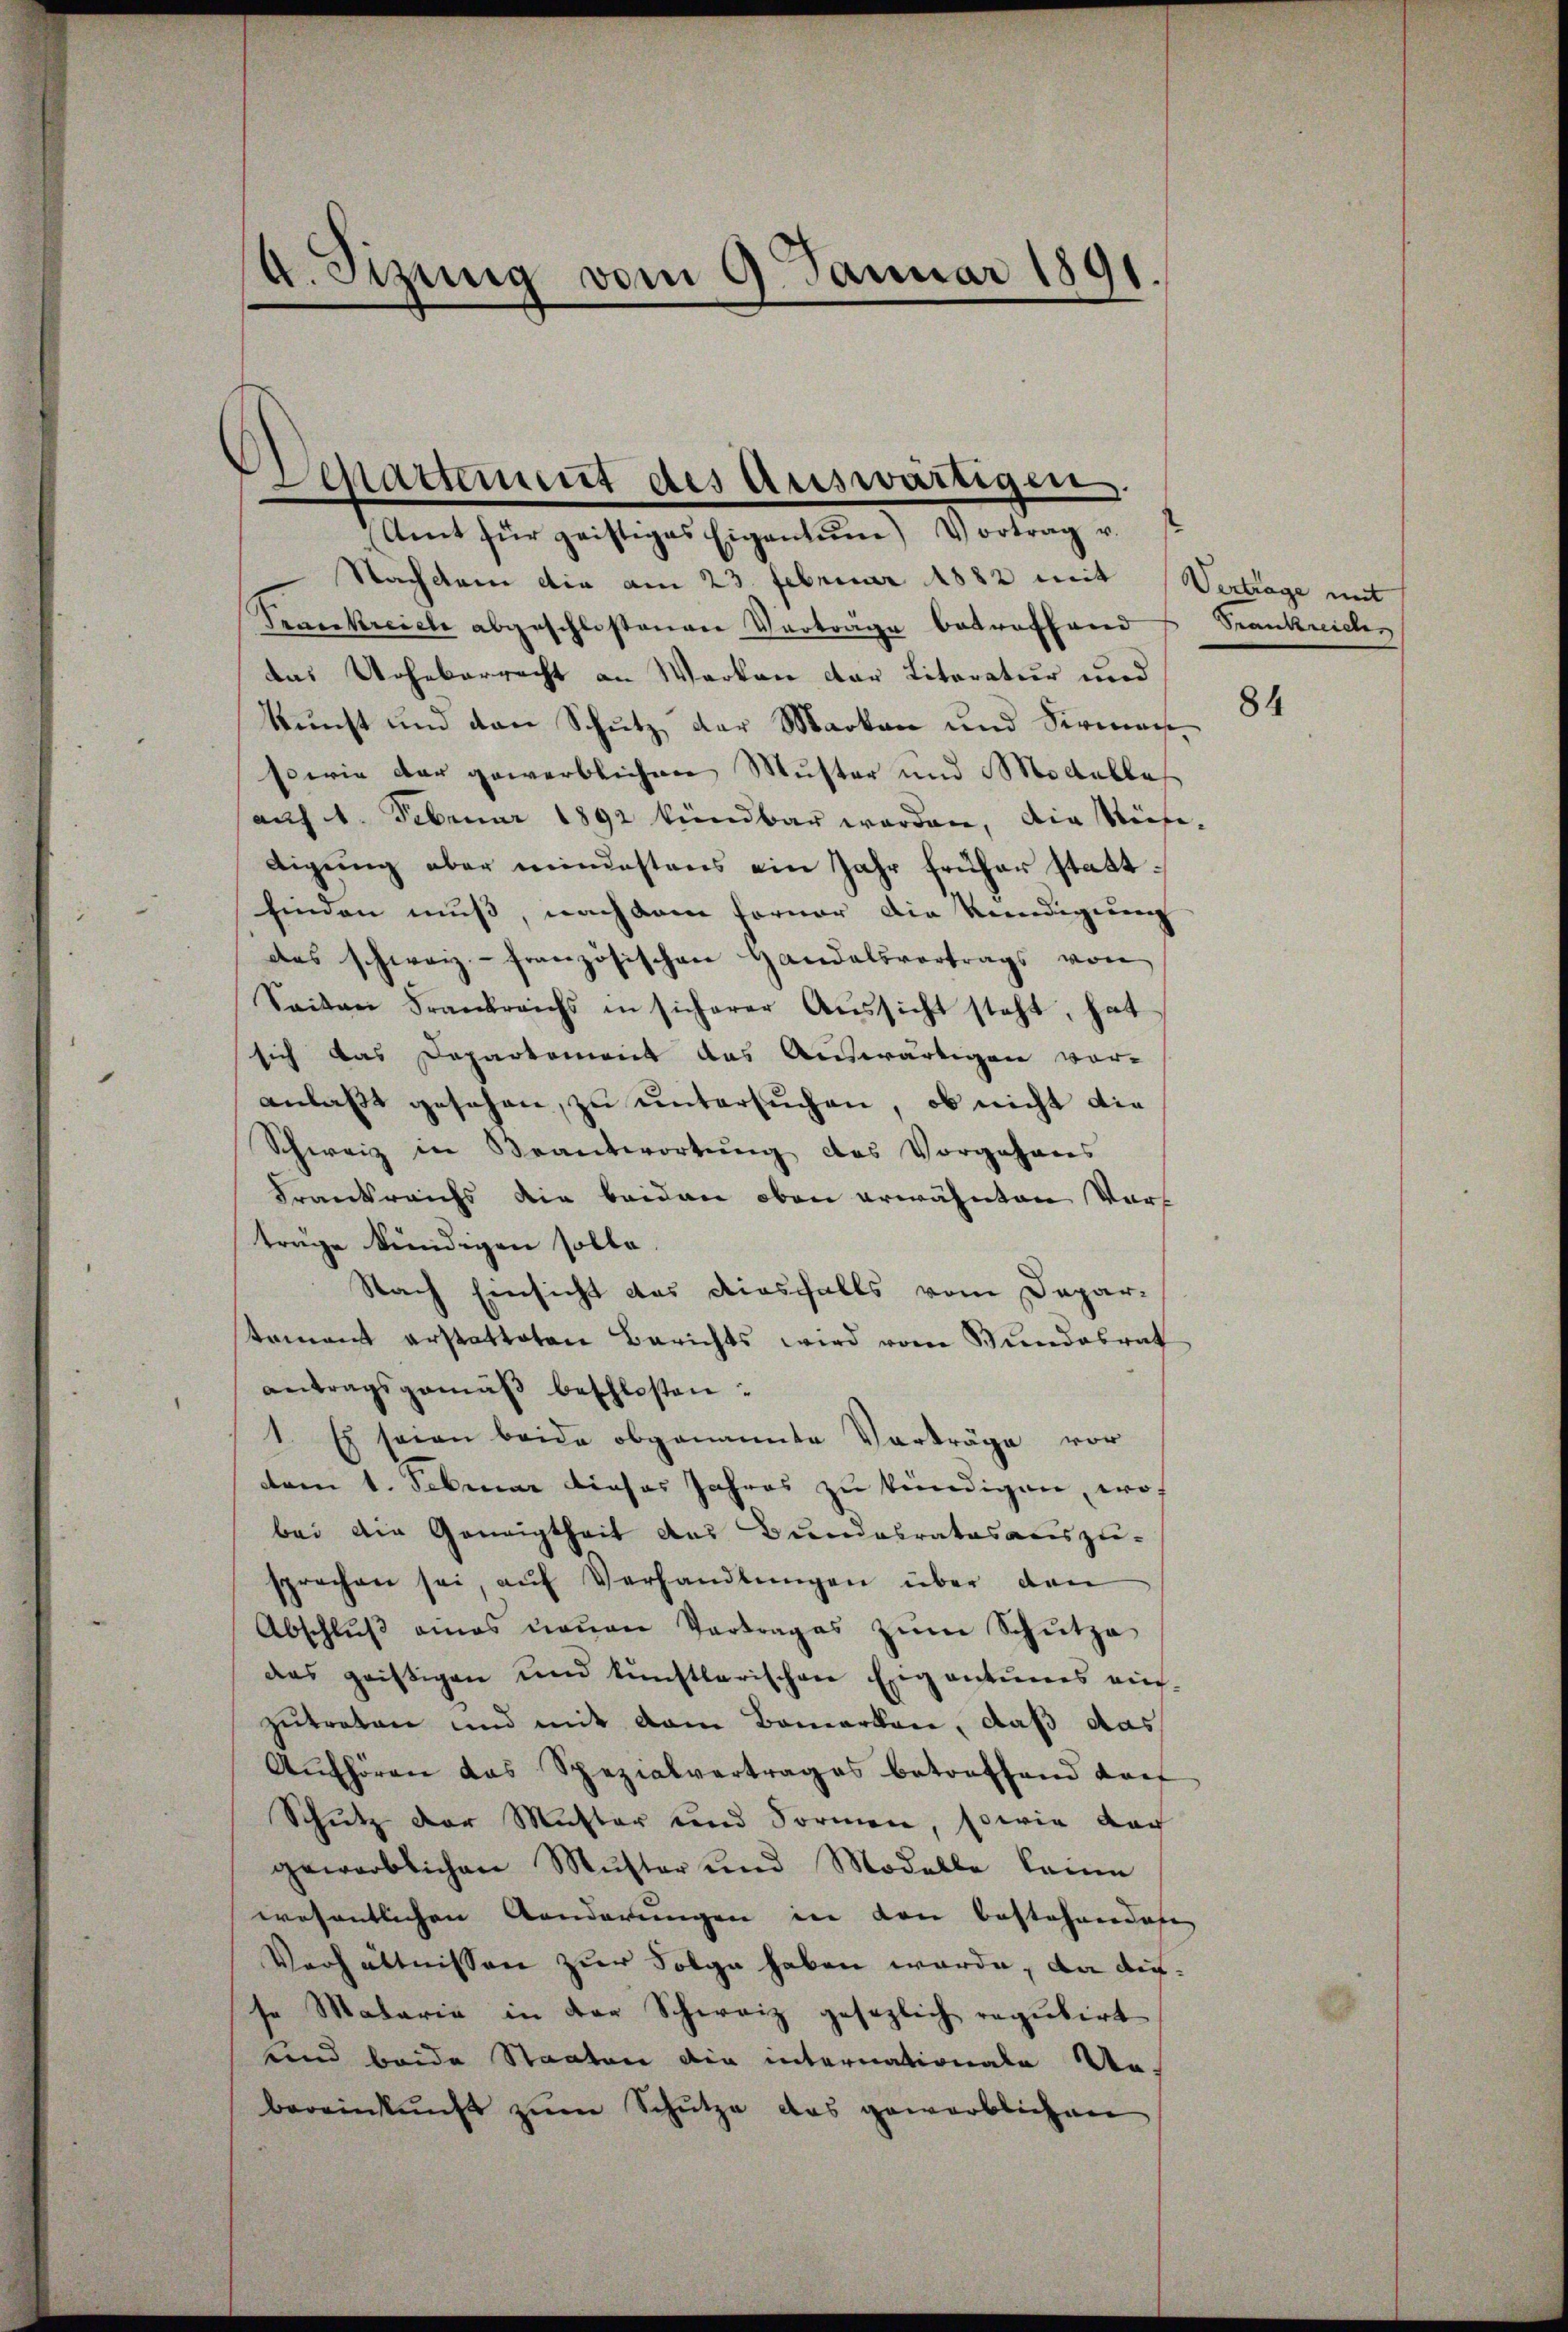
.

a. Sizung vom 9. Januar 1891.

Departement des Auswärtigen

Amt für geistiges Eigentum) Vortrag u.
Nachdem die am 23. Februar 1882 mit Wertrage mit
Trankreiche abgeschlossenen Vorträge betreffend Frankreiche
das Urheberrecht an Werken der Literatur und
kunst und den Schutz der Marken und Serman¬
sowie der gewerblichen Muster und Modelle
auf 1. Februar 1892 kündbar werden, die Stufedigŭng aber mindestens ein Jahr früher statt¬
5
finden muß, nach dem Ferner die Kündigung
das schweiz.- französischen Handelsvortrags von
Seiten Frankreichs in sicherer Aŭssicht steht, hat
sich das Departement das Auswärtigen vor-
anlaßt gesehen, zu untersuchen, ob nicht die
Schweiz in Beantwortung des Vorgehens
Frankreichs die beiden oben erwähnten Vorf
träge kündigen solle.
Nach Einsicht das diesfalls vom Depar-
tament erstatteten Berichts wird vom Bundesrat
antragsgemäß beschlossen:
1. Es seien beide obgenannte Vorträge vor
dem 1. Februar dieses Jahres zu kündigen, wo
bei die Geneigtheit das Bundesratosaciszie-
sprechen sei, aŭf Verhandlŭngen über den
Abschlŭβ eines neŭen Vertrages zŭm Schŭtza
das geistigen und künstlerischen Eigentumes aus-
zutreten und mit dem Bemerken, daß das
Aŭfhören das Spezialvertrages betreffend darf
Schutz der Mutter und Formen, sowie dar
gewerblichen Muster und Modelle keine
wesentlichen Aenderungen in den bestehendes
Verhältnissen zur Folge haben würde, da diese Malaria in der Schweiz gesezlich regulirt
und beide Staaten die internationale Un-
bereinkunft zum Schütze das gewärblichen

84